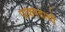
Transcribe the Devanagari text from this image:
पाकपदार्थो